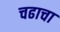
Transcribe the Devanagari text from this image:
चढाचा